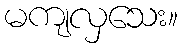
မကျလှသေး။